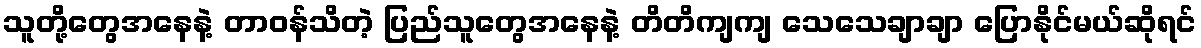
သူတို့တွေအနေနဲ့ တာဝန်သိတဲ့ ပြည်သူတွေအနေနဲ့ တိတိကျကျ သေသေချာချာ ပြောနိုင်မယ်ဆိုရင်